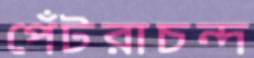
পেঁটরাচন্দ